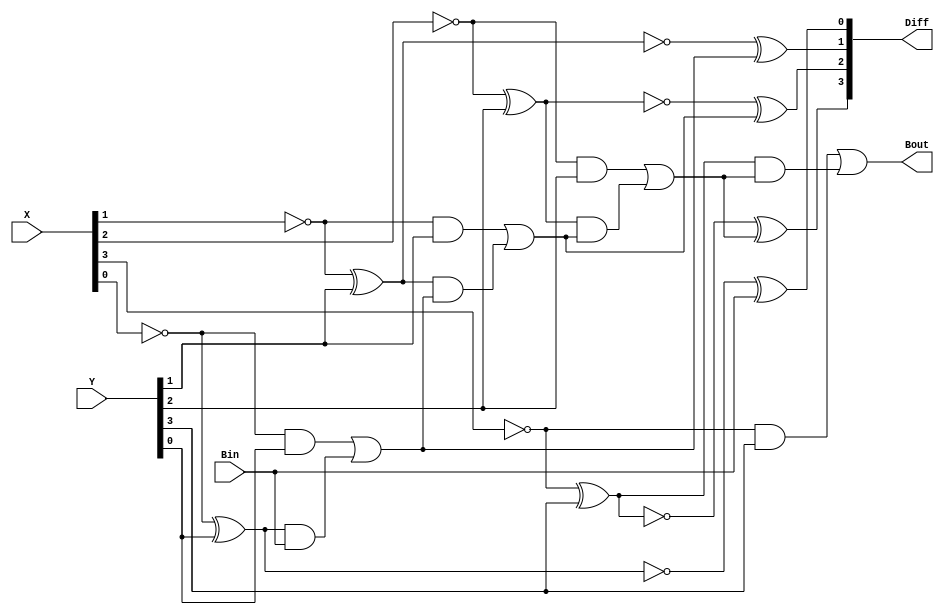
module Lab2_4_bit_BLS_dataflow (input [3:0]X,Y,input Bin,output Bout,output [3:0]Diff);
    wire [2:0]B;
    wire [3:0]G,P;

    assign P[0]=(~X[0]) ^ Y[0];
    assign P[1]=(~X[1]) ^ Y[1];
    assign P[2]=(~X[2]) ^ Y[2];
    assign P[3]=(~X[3]) ^ Y[3];
    assign G[0]=(~X[0]) & Y[0];
    assign G[1]=(~X[1]) & Y[1];
    assign G[2]=(~X[2]) & Y[2];
    assign G[3]=(~X[3]) & Y[3];
    assign B[0]=G[0] | (P[0] & Bin);
    assign B[1]=G[1] | (P[1] & B[0]);
    assign B[2]=G[2] | (P[2] & B[1]);
    assign Bout=G[3] | (P[3] & B[2]);
    assign Diff[0]=(~P[0]) ^ Bin;
    assign Diff[1]=(~P[1]) ^ B[0];
    assign Diff[2]=(~P[2]) ^ B[1];
    assign Diff[3]=(~P[3]) ^ B[2];

endmodule